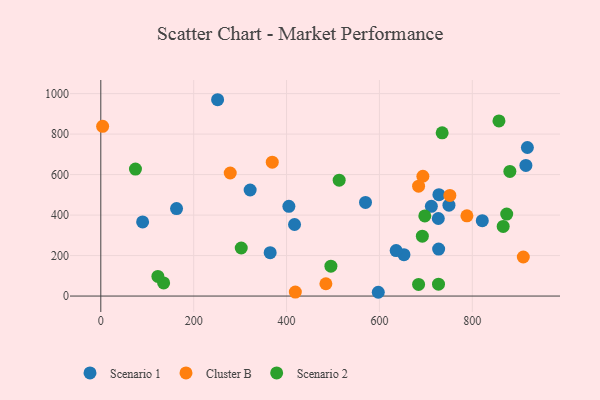
{"axis": {"x": "Experience", "y": "Demand"}, "legend": ["Cluster B", "Scenario 1", "Scenario 2"], "data": [{"x": "90.0", "y": 366.3, "type": "Scenario 1"}, {"x": "821.5", "y": 372.5, "type": "Scenario 1"}, {"x": "726.8", "y": 383.0, "type": "Scenario 1"}, {"x": "251.5", "y": 969.8, "type": "Scenario 1"}, {"x": "918.6", "y": 733.9, "type": "Scenario 1"}, {"x": "417.2", "y": 353.4, "type": "Scenario 1"}, {"x": "405.0", "y": 443.2, "type": "Scenario 1"}, {"x": "711.8", "y": 443.2, "type": "Scenario 1"}, {"x": "727.5", "y": 232.2, "type": "Scenario 1"}, {"x": "728.1", "y": 501.0, "type": "Scenario 1"}, {"x": "652.8", "y": 204.3, "type": "Scenario 1"}, {"x": "749.7", "y": 448.7, "type": "Scenario 1"}, {"x": "597.5", "y": 18.7, "type": "Scenario 1"}, {"x": "915.4", "y": 645.5, "type": "Scenario 1"}, {"x": "163.1", "y": 432.0, "type": "Scenario 1"}, {"x": "321.6", "y": 523.8, "type": "Scenario 1"}, {"x": "570.0", "y": 462.4, "type": "Scenario 1"}, {"x": "636.0", "y": 224.5, "type": "Scenario 1"}, {"x": "364.7", "y": 214.1, "type": "Scenario 1"}, {"x": "418.9", "y": 19.6, "type": "Cluster B"}, {"x": "693.6", "y": 591.9, "type": "Cluster B"}, {"x": "3.9", "y": 838.3, "type": "Cluster B"}, {"x": "788.4", "y": 396.2, "type": "Cluster B"}, {"x": "369.2", "y": 661.1, "type": "Cluster B"}, {"x": "484.7", "y": 60.8, "type": "Cluster B"}, {"x": "278.7", "y": 607.9, "type": "Cluster B"}, {"x": "751.7", "y": 496.9, "type": "Cluster B"}, {"x": "684.3", "y": 542.7, "type": "Cluster B"}, {"x": "909.8", "y": 193.0, "type": "Cluster B"}, {"x": "697.7", "y": 396.0, "type": "Scenario 2"}, {"x": "880.9", "y": 615.4, "type": "Scenario 2"}, {"x": "874.1", "y": 404.9, "type": "Scenario 2"}, {"x": "692.4", "y": 295.8, "type": "Scenario 2"}, {"x": "495.5", "y": 147.7, "type": "Scenario 2"}, {"x": "302.4", "y": 237.4, "type": "Scenario 2"}, {"x": "135.3", "y": 64.7, "type": "Scenario 2"}, {"x": "866.5", "y": 344.0, "type": "Scenario 2"}, {"x": "857.4", "y": 865.0, "type": "Scenario 2"}, {"x": "727.2", "y": 58.7, "type": "Scenario 2"}, {"x": "684.3", "y": 57.5, "type": "Scenario 2"}, {"x": "122.9", "y": 97.2, "type": "Scenario 2"}, {"x": "513.3", "y": 572.6, "type": "Scenario 2"}, {"x": "735.1", "y": 806.4, "type": "Scenario 2"}, {"x": "74.6", "y": 627.0, "type": "Scenario 2"}]}